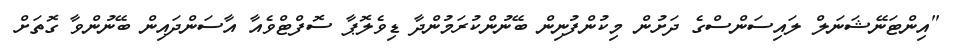
"އިންޓަނޭޝަނަލް ލައިސަންސްގެ ދަށުން މިކުންފުނިން ބޭނުންކުރަމުންދާ ޑިވެލޮޕާ ސޮފްޓްވެއާ އާސަންދައިން ބޭނުންވާ ގޮތަށް